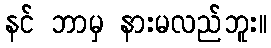
နင် ဘာမှ နားမလည်ဘူး။